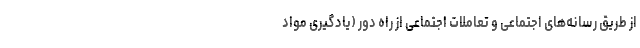
از طریق رسانه‌های اجتماعی و تعاملات اجتماعی از راه دور (یادگیری مواد